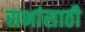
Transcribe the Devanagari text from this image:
सभांसाठी